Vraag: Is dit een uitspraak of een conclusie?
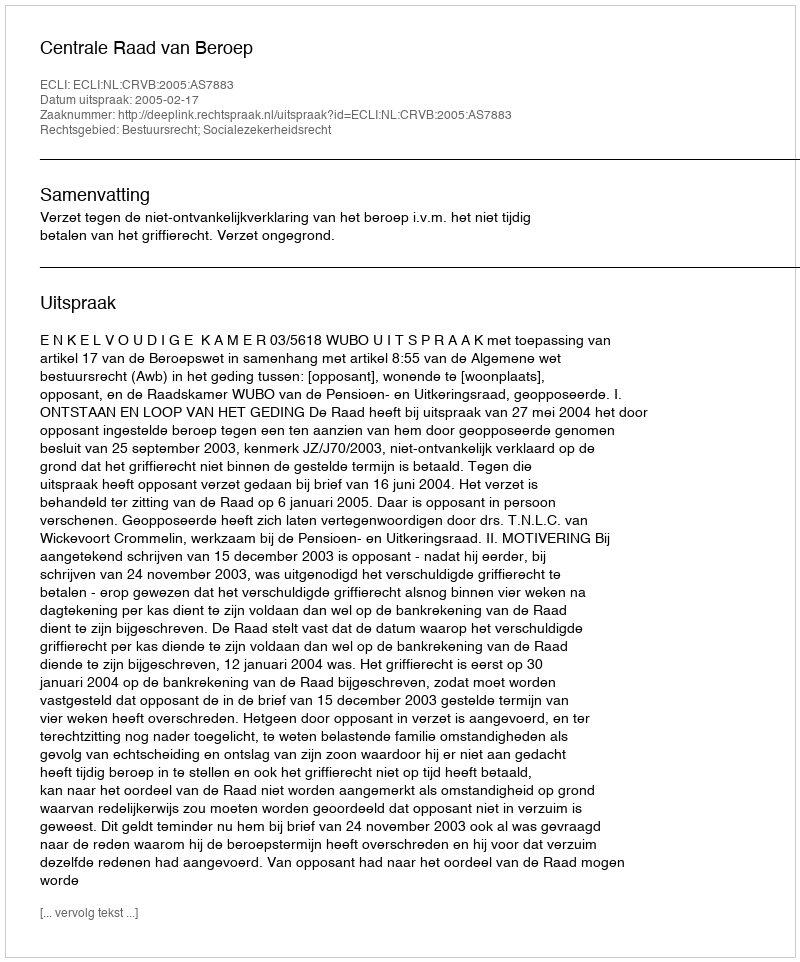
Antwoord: Uitspraak